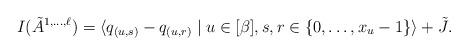
LaTeX: \begin{align*}I(\tilde{A}^{1,\dots,\ell}) = \langle q_{(u,s)} - q_{(u,r)} \mid u \in [\beta], s,r \in \{0,\dots,x_u-1\} \rangle + \tilde{J}.\end{align*}